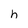
Character: h